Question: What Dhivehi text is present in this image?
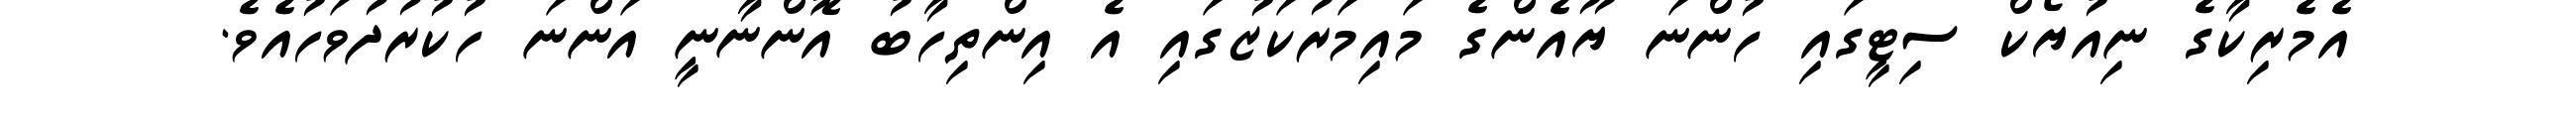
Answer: އެމެރިކާގެ ނިއުޔޯކް ސިޓީގައި ހުންނަ ޔޫއެންގެ މައިމަރުކަޒުގައި އެ އިންތިހާބު އޮންނާނީ އަންނަ ހުކުރުދުވަހުއެވެ.